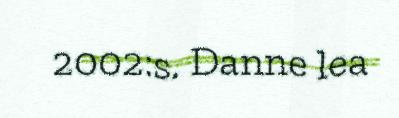
2002:s. Danne lea